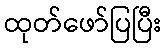
ထုတ်ဖော်ပြပြီး